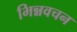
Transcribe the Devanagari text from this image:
भिन्नवचन